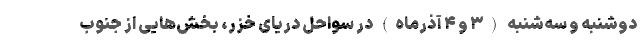
دوشنبه و سه‌شنبه (۳ و ۴ آذرماه) در سواحل دریای خزر، بخش‌هایی از جنوب